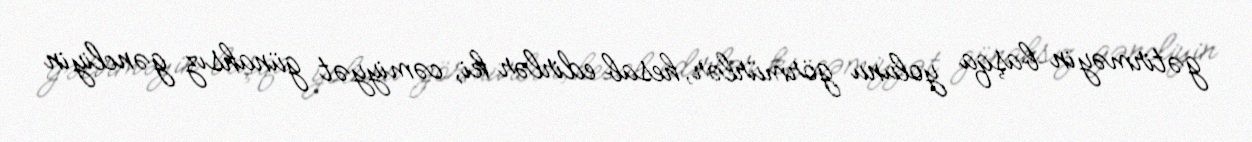
gətirməyin başqa yolunu görmürlər, hesab edirlər ki, cəmiyyət günahsız gəncliyin